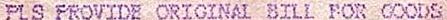
PLS PROVIDE ORIGINAL BILL FOR GOODS